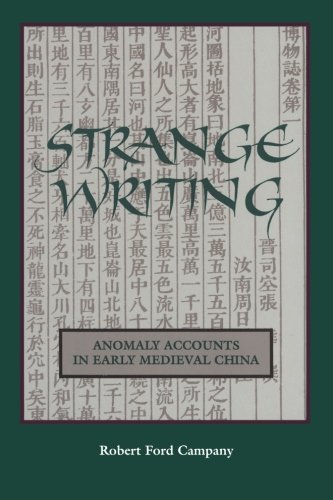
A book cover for Strange Writing: Anomaly Accounts in Early Medieval China (SUNY series in Chinese Philosophy and Culture); Robert Ford Campany; Science Fiction & Fantasy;